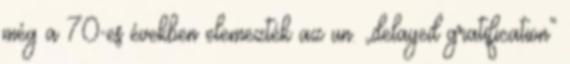
még a 70-es években elemezték az un. „delayed gratification”